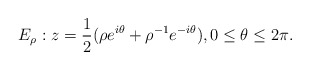
\begin{align*}E_\rho: z=\frac12(\rho e^{i\theta}+\rho^{-1} e^{-i\theta}),0\leq \theta\leq 2\pi.\end{align*}